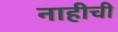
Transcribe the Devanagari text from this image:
नाहीची